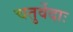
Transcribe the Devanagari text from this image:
चतुर्वेदाः